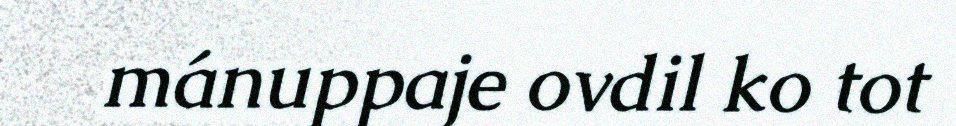
mánuppaje ovdil ko tot